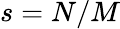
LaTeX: s=N/M